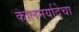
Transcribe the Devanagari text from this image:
कालमर्यादेचा